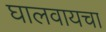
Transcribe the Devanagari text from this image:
घालवायचा